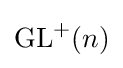
\mathrm {GL} ^{+}(n)